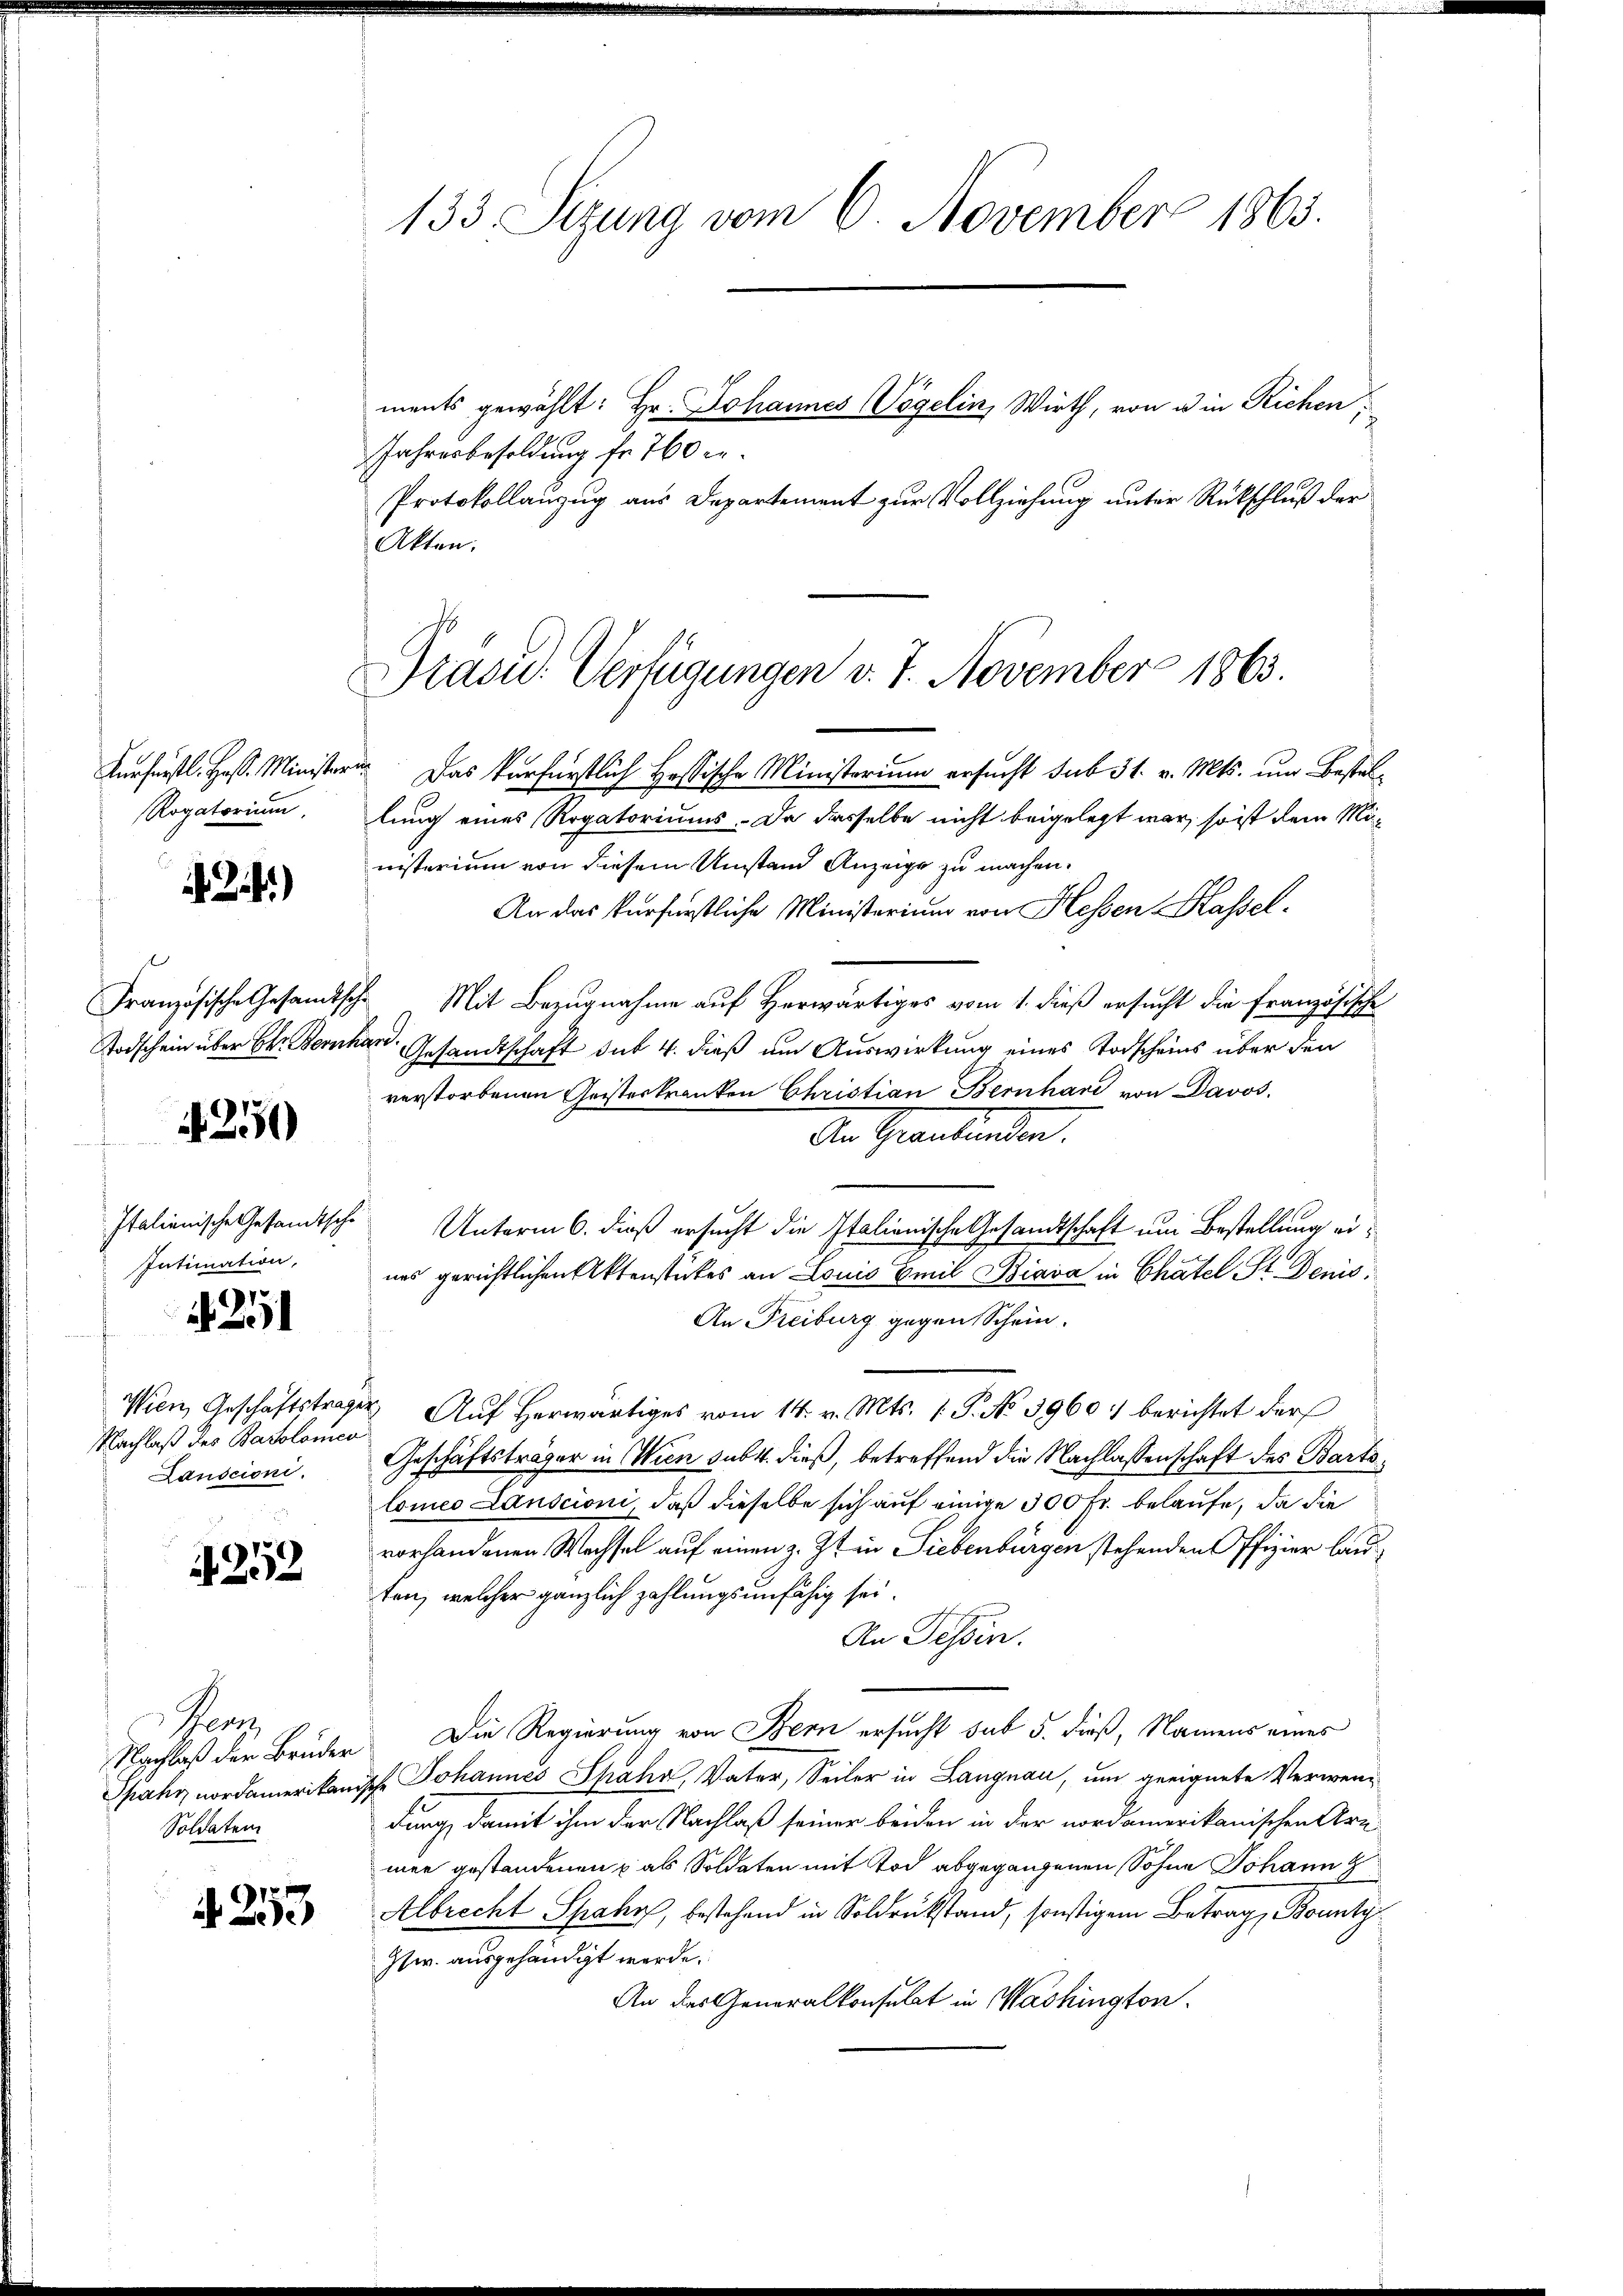
133. Sizung vom 6. November 1863.

ments gewählt: Hr. Johannes Vögelin, Wirth, von u in Richen,

Jahresbesoldung fr 760 er¬
Protokollanzug aus Departement zur Vollziehung unter Rückschluß der
Akten.

Präsid. Verfügungen v. 7. November 1863.

Das verfürstlich Hessische Ministerium ersucht sub 31. v. Mts. und Bestallung eines Rogatoriums. Da dasselbe nicht beigelegt war, so ist dem Ministerium von diesem Umstand Anzeige zu machen.
An das furfürstliche Ministerium von Hessen Hassel¬
Mit Bezugnahme auf Herwärtiges vom 1. dieß ersucht die französische
e
Gesandtschaft sub 4. dieß um Auswirkung eines Todscheins über den
verstorbenen Geisterkranken Christian Bernhard von Davos.
An Graubünden
Unterm 6. dieß ersucht die Italienische Gesandtschaft um Bestellung eiuns gerichtlichen Aktenstückes an Louis Emil Biava in Chatel St. Denis¬
An Freiburg gegen Schein.
" Auf herwärtiges vom 14. v. Mts. 1. P. No 3960 :/ berichtet der
Geschäftsträger in Wien subt. dieß, betreffend die Nachlassenschaft des Bartslomeo Lauscioni, daß dieselbe sich auf einige 300 Fr. belaufe, da die
vorhandenen Wechsel auf einen z. Zt. in Siebenbürgen stehenden Offizier lauten, welcher gänzlich zahlungsunfähig sei.
An Tessin.
Die Regierung von Bern ersucht sub 5. dieß, Namens eines
. Johannes Spahn Vater, Seiler in Langnau, um geeignete Verwendung, damit ihm der Nachlaß seiner beiden in der nordamerikanischen Arn-
mer gestandenen als Soldaten mit Tod abgegangenen Sohne Johann z
Albrecht Spahn, bestehend in Soldrückstand, sonstigem Betrag, Bounty
Ztw. ausgehändigt werde.
An des Generalkonsulat in Washington

Kurfürstl. Hast. Minister.
Rogatorium.

Zi.)

Französische Gesandtsche
Todschein über der Bernh

250

Italienische Gesandtsche
Intimation,

251

Wien, Geschäftsträge.
Nachlaß des Batolomen
Landcioni.

252

Penn
Nachlaß der Brüder
Spahn nordamerikang
Soldaten

N. 253